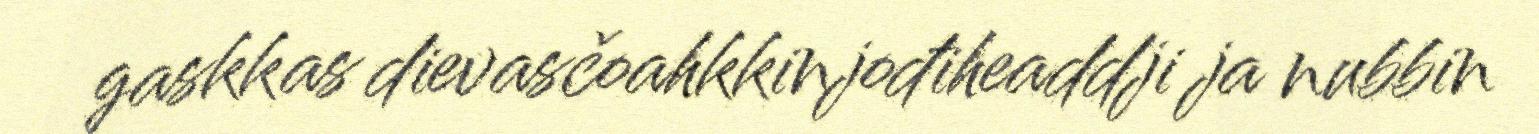
gaskkas dievasčoahkkinjođiheaddji ja nubbin